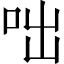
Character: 咄